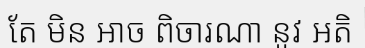
តែ មិន អាច ពិចារណា នូវ អតិ